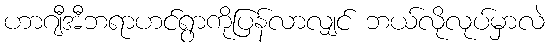
ဟာဂျီအီဘရာဟင်ရွာကိုပြန်လာလျှင် ဘယ်လိုလုပ်မှာလဲ